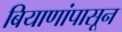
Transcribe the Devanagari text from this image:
बियाणांपासून